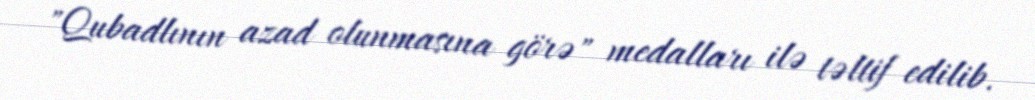
"Qubadlının azad olunmasına görə" medalları ilə təltif edilib.